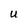
Character: U